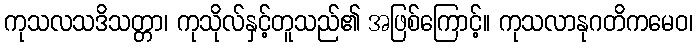
ကုသလသဒိသတ္တာ၊ ကုသိုလ်နှင့်တူသည်၏ အဖြစ်ကြောင့်။ ကုသလာနုဂတိကမေဝ၊